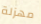
مهزلة